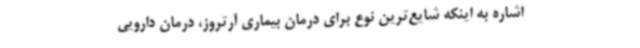
اشاره به اینکه شایع‌ترین نوع برای درمان بیماری آرتروز، درمان دارویی